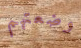
وضعتهم